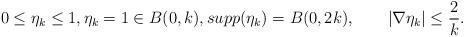
LaTeX: \begin{align*}0\leq\eta_k\leq1,\eta_k=1\in B(0,k),supp(\eta_k)=B(0,2k),\quad\quad|\nabla\eta_k|\leq\frac{2}{k}.\end{align*}